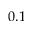
0 . 1